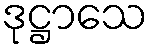
ဒုဋ္ဌာသေ